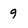
Character: 9